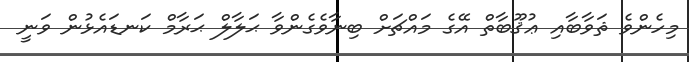
މިހެންވެ ޘަވާބާއި ޢުޤޫބާތް އޭގެ މައްޗަށް ބިނާވެގެންވާ ޙަލާލް ޙަރާމް ކަނޑައެޅުން ވަނީ